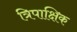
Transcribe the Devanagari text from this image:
त्रिपाक्षिक